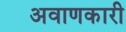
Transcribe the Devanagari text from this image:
अवाणकारी